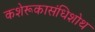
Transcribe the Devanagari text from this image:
कशेरूकासंधिशोथ